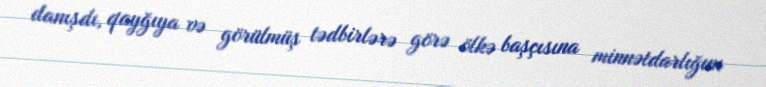
danışdı, qayğıya və görülmüş tədbirlərə görə ölkə başçısına minnətdarlığını